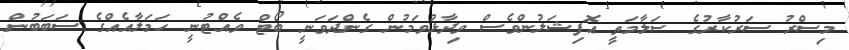
މިސްރު ސަރުކާރުގެ ސަލާމަތީ އޮފިޝަލުންވެސް ވިދާޅުވަމުން ގެންދަވަނީ ބޯޓް ވެއްޓުނީ ހަމަލާއެއްގެ ސަބަބުން